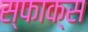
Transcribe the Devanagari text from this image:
स्फाक्स